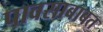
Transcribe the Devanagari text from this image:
पावसाबाबत